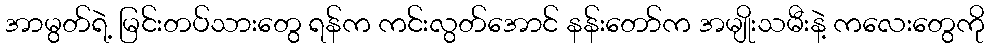
အာမွတ်ရဲ့ မြင်းတပ်သားတွေ ရန်က ကင်းလွတ်အောင် နန်းတော်က အမျိုးသမီးနဲ့ ကလေးတွေကို